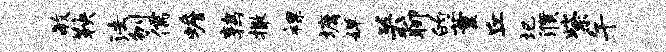
毓鞅法刎儒蟾鹑撒裸墉婵关聊的董丘圮濮紫午